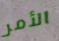
الأمر